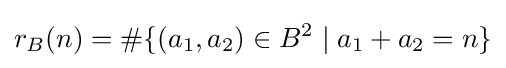
r_{B}(n)=\#\{(a_{1},a_{2})\in B^{2}\mid a_{1}+a_{2}=n\}